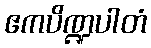
ဧကပိဏ္ဍပါတံ